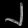
Digit: ၂